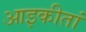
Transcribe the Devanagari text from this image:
आइकीतां